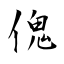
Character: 傀